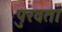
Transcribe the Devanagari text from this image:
पुरवता